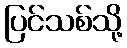
ပြင်သစ်သို့